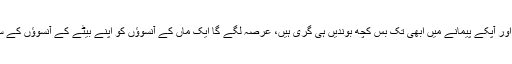
ہمارا پیمانہ عرصہ ہوا چھلک پڑا ہے اور آپکے پیمانے میں ابھی تک بس کچھ بوندیں ہی گری ہیں، عرصہ لگے گا ایک ماں کے آنسوؤں کو اپنے بیٹے کے آنسوؤں کے ساتھ ایک پیمانے میں آمیزش کے لیے۔